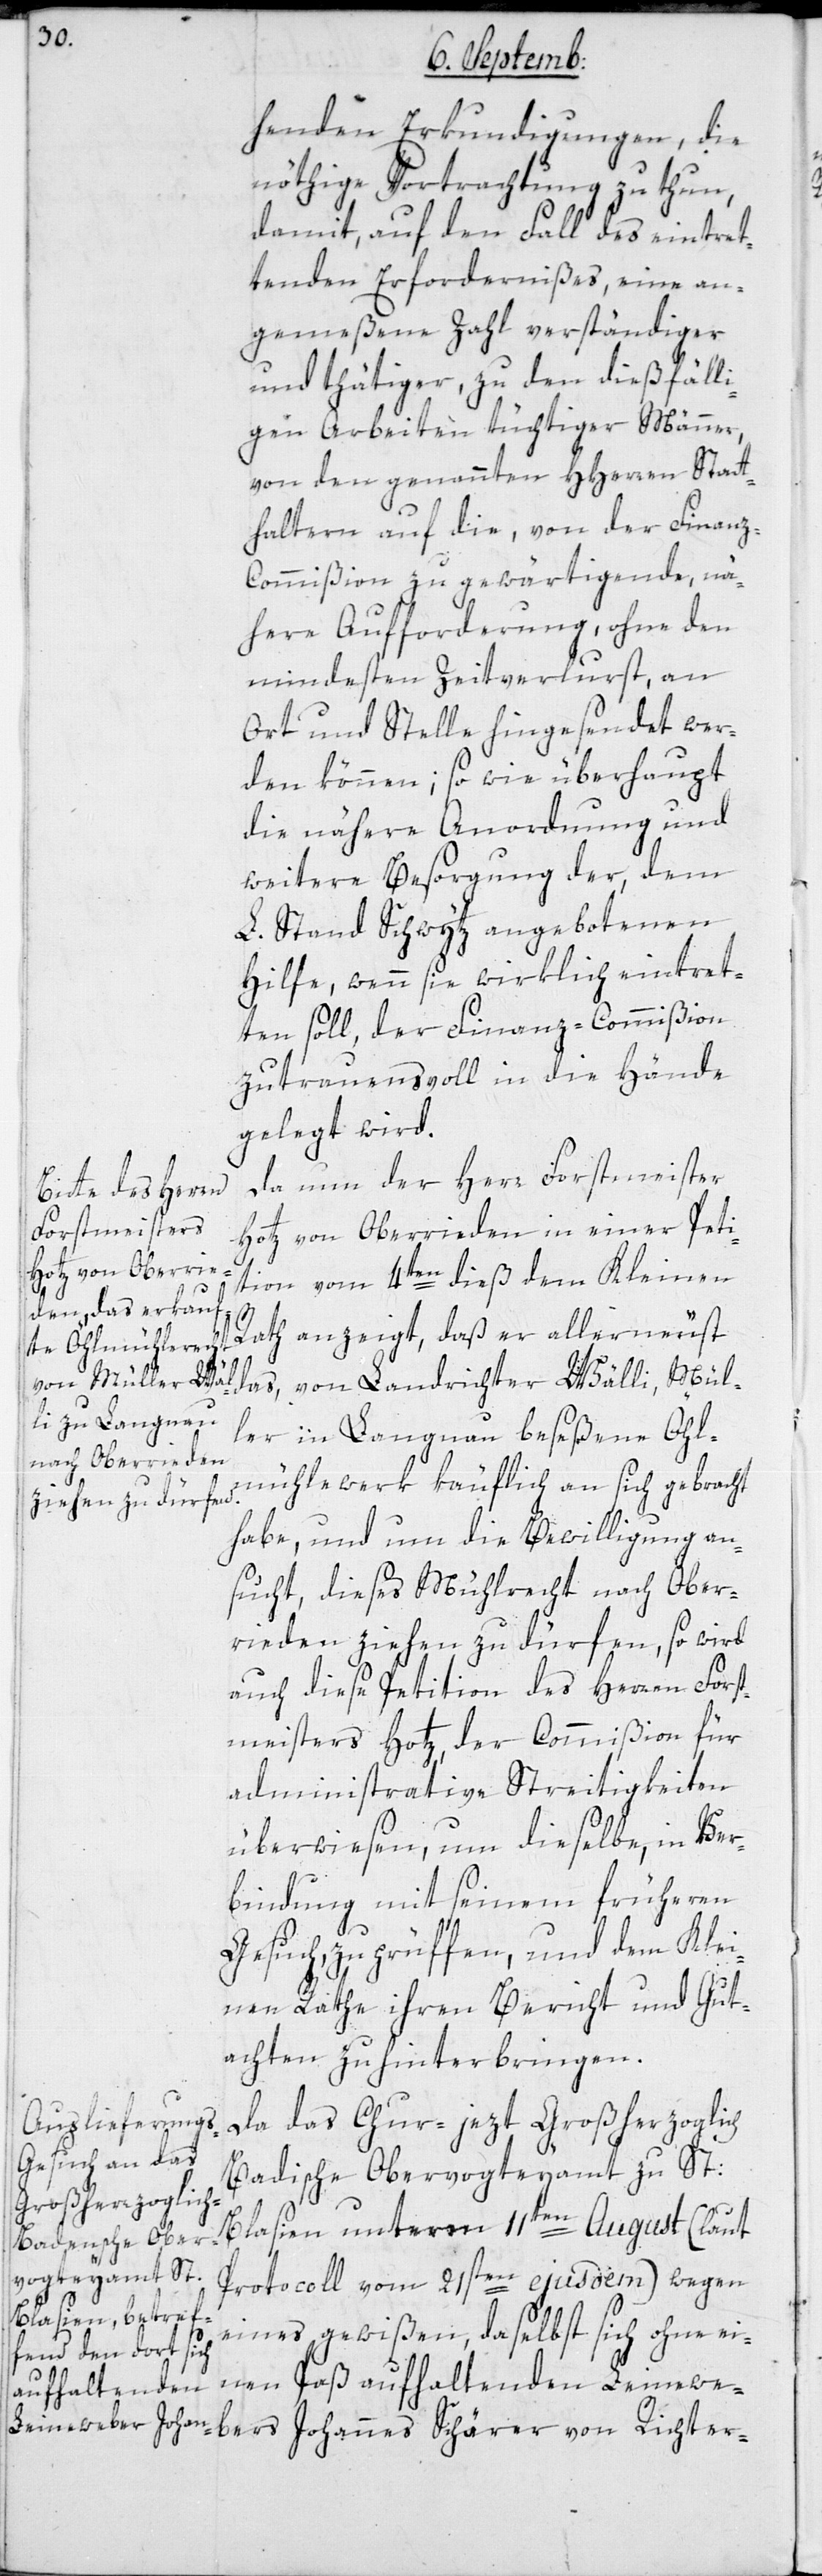
henden Erkundigungen, die
nöthige Vortrachtung zu tun,
damit auf den Fall des eintret¬
tenden Erfordernißes eine an¬
gemeßene Zahl verständiger
und thätiger, zu den dießfälli¬
gen Arbeiten tüchtiger Männer,
von den genannten HHerren Statt¬
haltern auf die von der Finan¬
z-Commißion zu gewärtigende, nä¬
here Aufforderung, ohne den
mindesten Zeitverlust, an
Ort und Stelle hingesendet wer¬
den können, so wie überhaupt
die nähere Anordnung und
weitere Besorgung der dem
L. Stand Schwytz angebotenen
Hilfe, wenn sie wirklich eintret¬
ten soll, der Finanz-Commißion
zutrauensvoll in die Hände
gelegt wird.
Da nun der Herr Forstmeister
Hotz von Oberrieden in einer Peti¬
tion vom 4ten dieß dem Kleinen
bers
Rath anzeigt, daß er allerneust
das von Landrichter Wälli, Mül¬
ler in Langnau beseßene Öhl¬
mühlewerk käuflich an sich gebracht
habe, und um die Bewilligung an¬
sucht, dieses Mühlrecht nach Ober¬
rieden ziehen zu dürfen, so wird
auch diese Petition des Herren Forst¬
meisters Hotz, der Commißion für
administrative Streitigkeiten
überwiesen, um dieselbe, in Ver¬
bindung mit seinem früheren
Gesuch zu prüfen, und dem Klei¬
nen Rathe ihren Bericht und Gut¬
achten zu hinterbringen.
Da das Chur-, jezt Großherzoglich
Badische Obervogteyamt zu St:
Blasien unterm 11ten August (laut
Protocoll vom 21sten ejusdem) wegen
eines gewißen, daselbst sich ohne ei¬
nen Paß aufhaltenden Leinewe¬